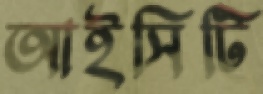
আইসিটি